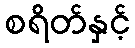
စရိတ်နှင့်